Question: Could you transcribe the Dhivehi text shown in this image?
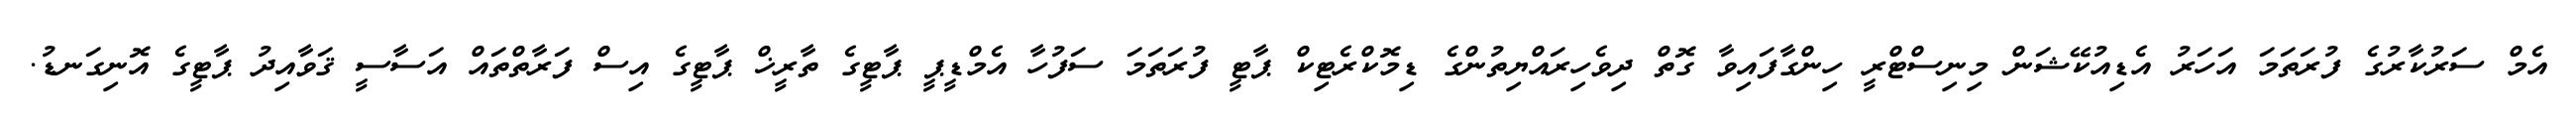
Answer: އެމް ސަރުކާރުގެ ފުރަތަމަ އަހަރު އެޑިއުކޭޝަން މިނިސްޓްރީ ހިންގާފައިވާ ގޮތް ދިވެހިރައްޔިތުންގެ ޑިމޮކްރެޓިކް ޕާޓީ ފުރަތަމަ ސަފުހާ އެމްޑީޕީ ޕާޓީގެ ތާރީޚް ޕާޓީގެ އިސް ފަރާތްތައް އަސާސީ ޤަވާއިދު ޕާޓީގެ އޮނިގަނޑު.